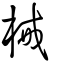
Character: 械